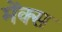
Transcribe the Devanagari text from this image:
मेंक्स